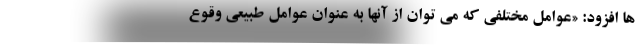
ها افزود: «عوامل مختلفی که می توان از آنها به عنوان عوامل طبیعی وقوع